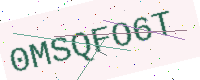
Text: 0MSQFO6T